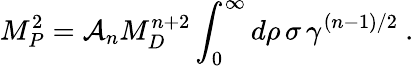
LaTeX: M_{P}^{2}={\cal A}_{n}M_{D}^{n+2}\int_{0}^{\infty}d\rho\, \sigma\, \gamma^{(n-1)/2}~.